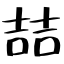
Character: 喆